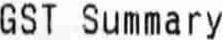
GST SUMMARY